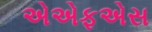
એએફએસ